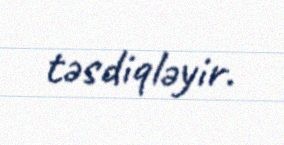
təsdiqləyir.